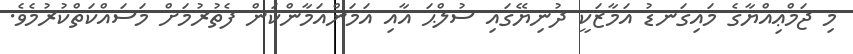
މި ޖަމްޢިއްޔާގެ މައިގަނޑު އަމާޒަކީ ދުނިޔޭގައި ސުލްޙަ އާއި އަމަންއަމާންކަން ފެތުރުމަށް މަސައްކަތްކުރުމެވެ.